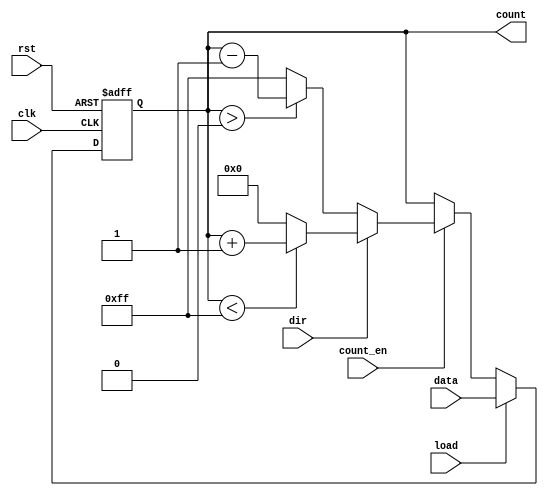
module synchronous_load_counter (
    input wire clk,          // Clock signal
    input wire rst,          // Reset signal (active high)
    input wire load,         // Load signal (active high)
    input wire [7:0] data,   // Data input for loading
    input wire count_en,     // Count enable signal
    input wire dir,          // Direction signal (1 for up, 0 for down)
    output reg [7:0] count   // Current count value
);

    // Define maximum count value for overflow and underflow
    parameter MAX_COUNT = 8'hFF;  // 255 for an 8-bit counter
    parameter MIN_COUNT = 8'h00;  // 0 for an 8-bit counter

    always @(posedge clk or posedge rst) begin
        if (rst) begin
            // Reset the counter to zero
            count <= MIN_COUNT;
        end else if (load) begin
            // Load the specified value into the counter
            count <= data;
        end else if (count_en) begin
            // Count up or down based on the direction signal
            if (dir) begin
                // Count up
                if (count < MAX_COUNT) begin
                    count <= count + 1;
                end else begin
                    count <= MIN_COUNT; // Wrap around to zero
                end
            end else begin
                // Count down
                if (count > MIN_COUNT) begin
                    count <= count - 1;
                end else begin
                    count <= MAX_COUNT; // Wrap around to max value
                end
            end
        end
    end

endmodule